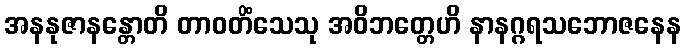
အနနုဇာနန္တောတိ တာဝတိံသေသု အဝိဘတ္တေဟိ နာနဂ္ဂရသဘောဇနေန